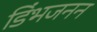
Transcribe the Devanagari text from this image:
डिंभजनन